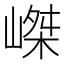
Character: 嵥